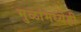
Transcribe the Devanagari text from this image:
मुळांमध्येही